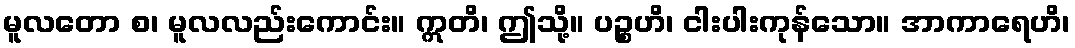
မူလတော စ၊ မူလလည်းကောင်း။ ဣတိ၊ ဤသို့။ ပဉ္စဟိ၊ ငါးပါးကုန်သော။ အာကာရေဟိ၊